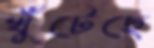
খুঁটেছে